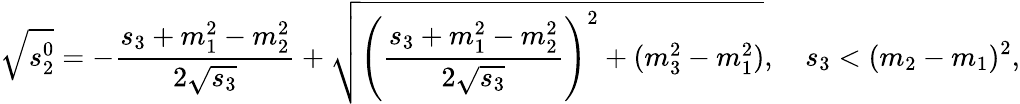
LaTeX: \sqrt{s_{2}^{0}}=-\frac{s_{3}+m_{1}^{2}-m_{2}^{2}}{2\sqrt{s_{3}}}+\sqrt{\left({\frac{s_{3}+m_{1}^{2}-m_{2}^{2}}{2\sqrt{s_{3}}}}\right)^{2}+(m_{3}^{2}-m_{1}^{2})},\quad s_{3}<(m_{2}-m_{1})^{2},